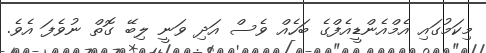
މިކަމުގައި އެމްއެންޑީއެފްގެ ބަހެެއް ވެސް އަދި ވަނީ ލިބޭ ގޮތް ނުވެފަ އެވެ.